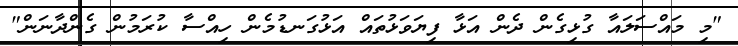
"މި މައްސަލައާ ގުޅިގެން ދެން އަޅާ ފިޔަވަޅުތައް އަޅުގަނޑުމެން ހިއްސާ ކުރަމުން ގެންދާނަން"